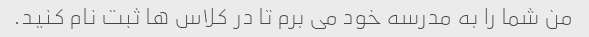
من شما را به مدرسه خود می برم تا در کلاس ها ثبت نام کنید.